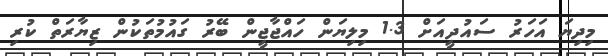
މިދިޔަ އަހަރު ސައުދީއަށް 1.3 މިލިޔަން ހައްޖާޖީން ބޭރު ގައުމުތަކުން ޒިޔާރަތް ކުރި